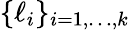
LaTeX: \{ \ell_{i}\} _{i=1,\ldots,k}